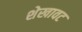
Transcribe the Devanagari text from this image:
शेखावट